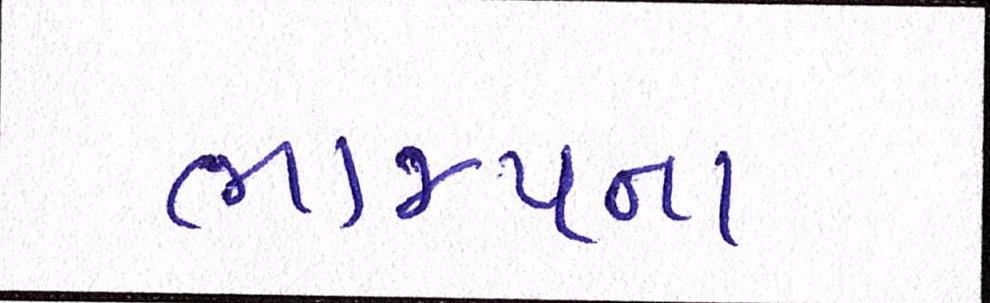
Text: ભાજપના